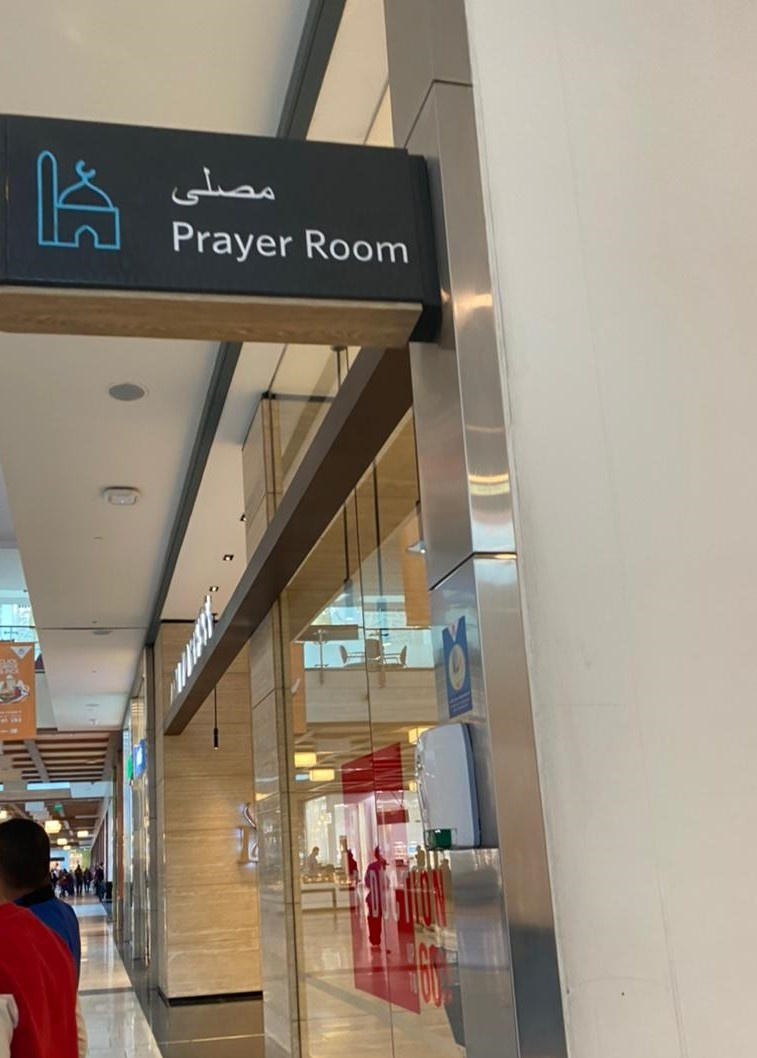
Text in image: مصلى Prayer Room